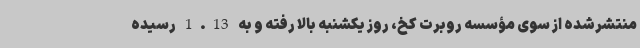
منتشرشده از سوی مؤسسه روبرت کخ، روز یکشنبه بالا رفته و به 1.13 رسیده